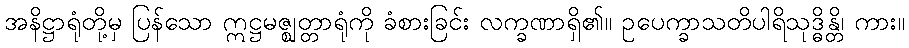
အနိဋ္ဌာရုံတို့မှ ပြန်သော ဣဋ္ဌမဇ္ဈတ္တာရုံကို ခံစားခြင်း လက္ခဏာရှိ၏။ ဥပေက္ခာသတိပါရိသုဒ္ဓိန္တိ၊ ကား။